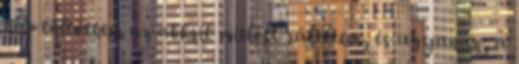
nap töltöttem az akksit mielött rátettem, és ugyanaz, a